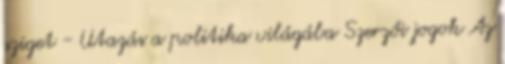
sziget - Utazás a politika világába Szerzői jogok Az